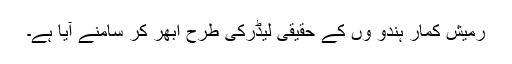
رمیش کمار ہندو ؤں کے حقیقی لیڈرکی طرح ابھر کر سامنے آیا ہے۔